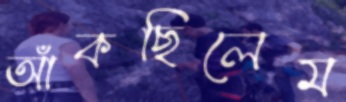
আঁকছিলেম